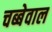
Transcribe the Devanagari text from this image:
चब्बेवाल